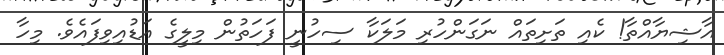
އާޝިޔާއްތާ! ކެއި ތަށިތައް ނަގަންހުރި މަލަކާ ސިހުނީ ފަހަތުން މިލީގެ އަޑުއިވިފައެވެ. މިހާ